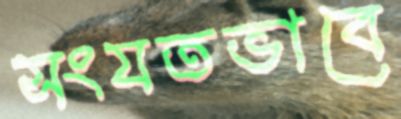
সংযতভাবে